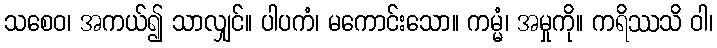
သစေဝ၊ အကယ်၍ သာလျှင်။ ပါပကံ၊ မကောင်းသော။ ကမ္မံ၊ အမှုကို။ ကရိဿသိ ဝါ၊